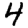
Digit: 4